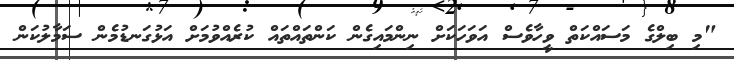
"މި ބިލްގެ މަސައްކަތް ވީހާވެސް އަވަހަކަށް ނިންމައިގެން ކަންތައްތައް ކުރެއްވުމަށް އަޅުގަނޑުމެން ސަމާލުކަން